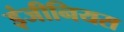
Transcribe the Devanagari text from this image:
इंजीनियस